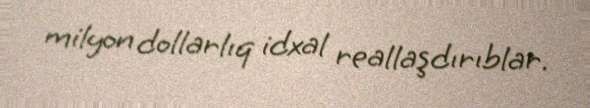
milyon dollarlıq idxal reallaşdırıblar.